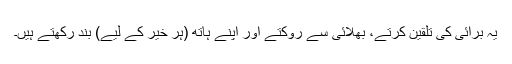
یہ برائی کی تلقین کرتے، بھلائی سے روکتے اور اپنے ہاتھ (ہر خیر کے لیے) بند رکھتے ہیں۔